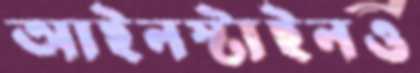
আইনস্টাইনও